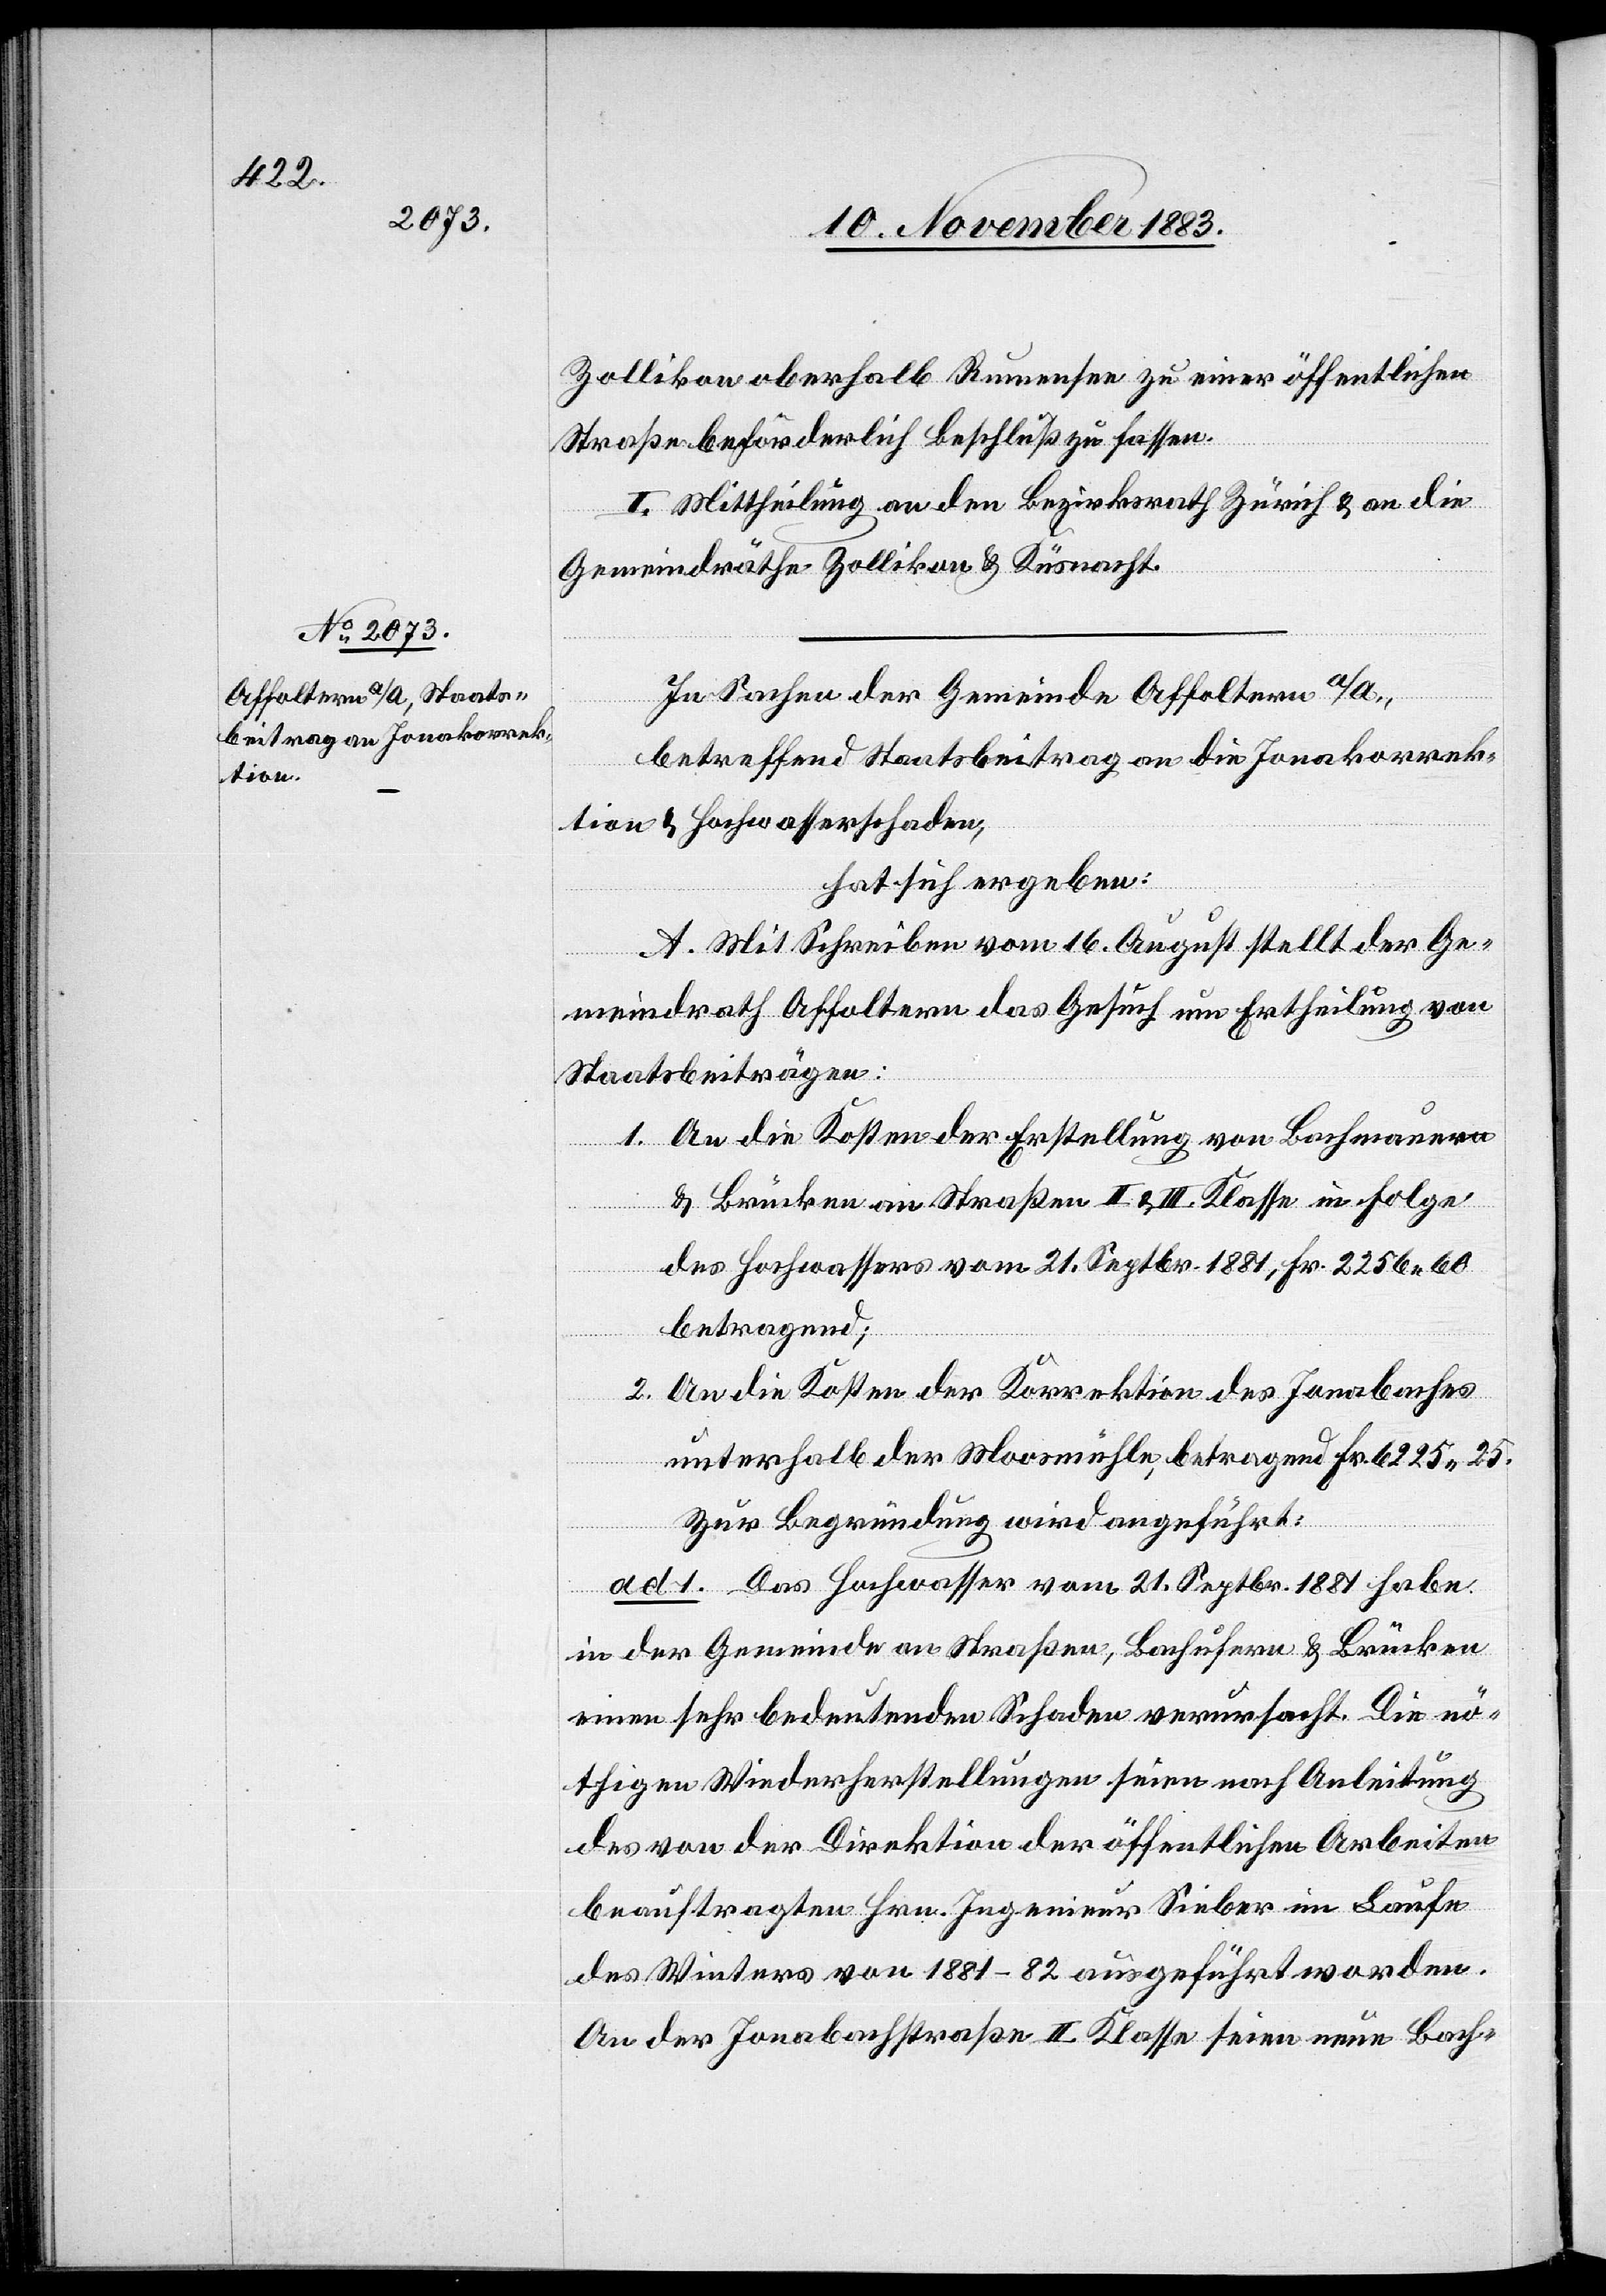
Zollikon oberhalb Rumensee zu einer öffentlichen
Straße beförderlich Beschluß zu fassen.
II. Mittheilung an den Bezirksrath Zürich & an die
Gemeindräthe Zollikon & Küsnacht.
In Sachen der Gemeinde Affoltern a/A.,
betreffend Staatsbeitrag an die Jonakorrek¬
tion & Hochwasserschaden,
hat sich ergeben:
A. Mit Schreiben vom 16. August stellt der Ge¬
meindrath Affoltern das Gesuch um Ertheilung von
Staatsbeiträgen:
1. An die Kosten der Erstellung von Bachmauern
& Brücken an Straßen II. & III. Klasse in Folge
des Hochwassers vom 21. Septbr. 1881, Fr. 2256 60
betragend;
2. An die Kosten der Korrektion des Jonabaches
unterhalb der Moosmühle, betragend Fr. 6225 25.
Zur Begründung wird angeführt:
ad 1. Das Hochwasser vom 21. Septbr. 1881 habe
in der Gemeinde an Straßen, Bachufern & Brücken
einen sehr bedeutenden Schaden verursacht. Die nö¬
thigen Wiederherstellungen seien nach Anleitung
des von der Direktion der öffentlichen Arbeiten
beauftragten Hrn. Ingenieur Sieber im Laufe
des Winters von 1881–82 ausgeführt worden.
An der Jonabachstraße II. Klasse seien neue Bach-